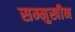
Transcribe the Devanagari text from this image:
सम्मुखीन